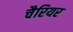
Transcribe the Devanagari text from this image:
चैरियर